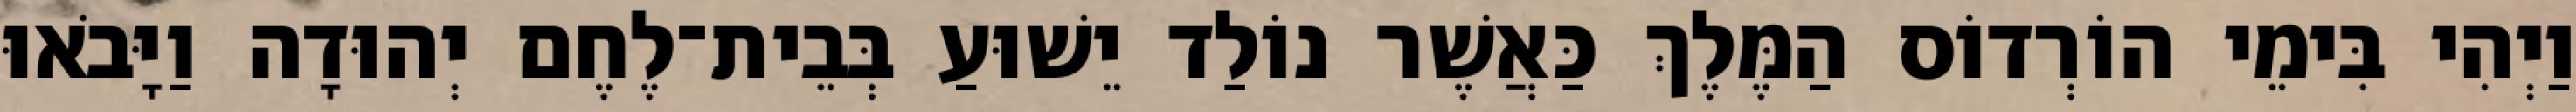
וַיְהִי בִּימֵי הוֹרְדוֹס הַמֶּלֶךְ כַּאֲשֶׁר נוֹלַד יֵשׁוּעַ בְּבֵית־לֶחֶם יְהוּדָה וַיָּבֹאוּ